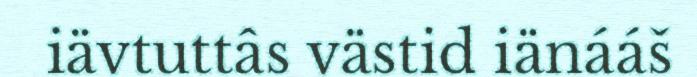
iävtuttâs västid iänááš